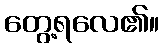
တွေ့ရလေ၏။